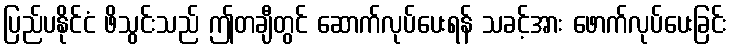
ပြည်ပနိုင်ငံ ဖိသွင်းသည် ဤတချီတွင် ဆောက်လုပ်ပေးရန် သခင့်အား ဖောက်လုပ်ပေးခြင်း